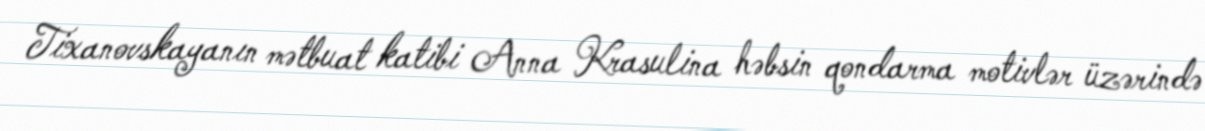
Tixanovskayanın mətbuat katibi Anna Krasulina həbsin qondarma motivlər üzərində